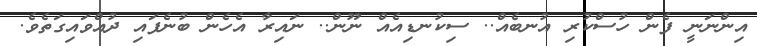
އިންނަނީ ފެން ހުސްކުރި އުނބެއް.. ސިކުނޑިއެއް ނޫން.. ނައިރާ އެހެން ބުނެފައި ދުއްވައިގަތެވެ.